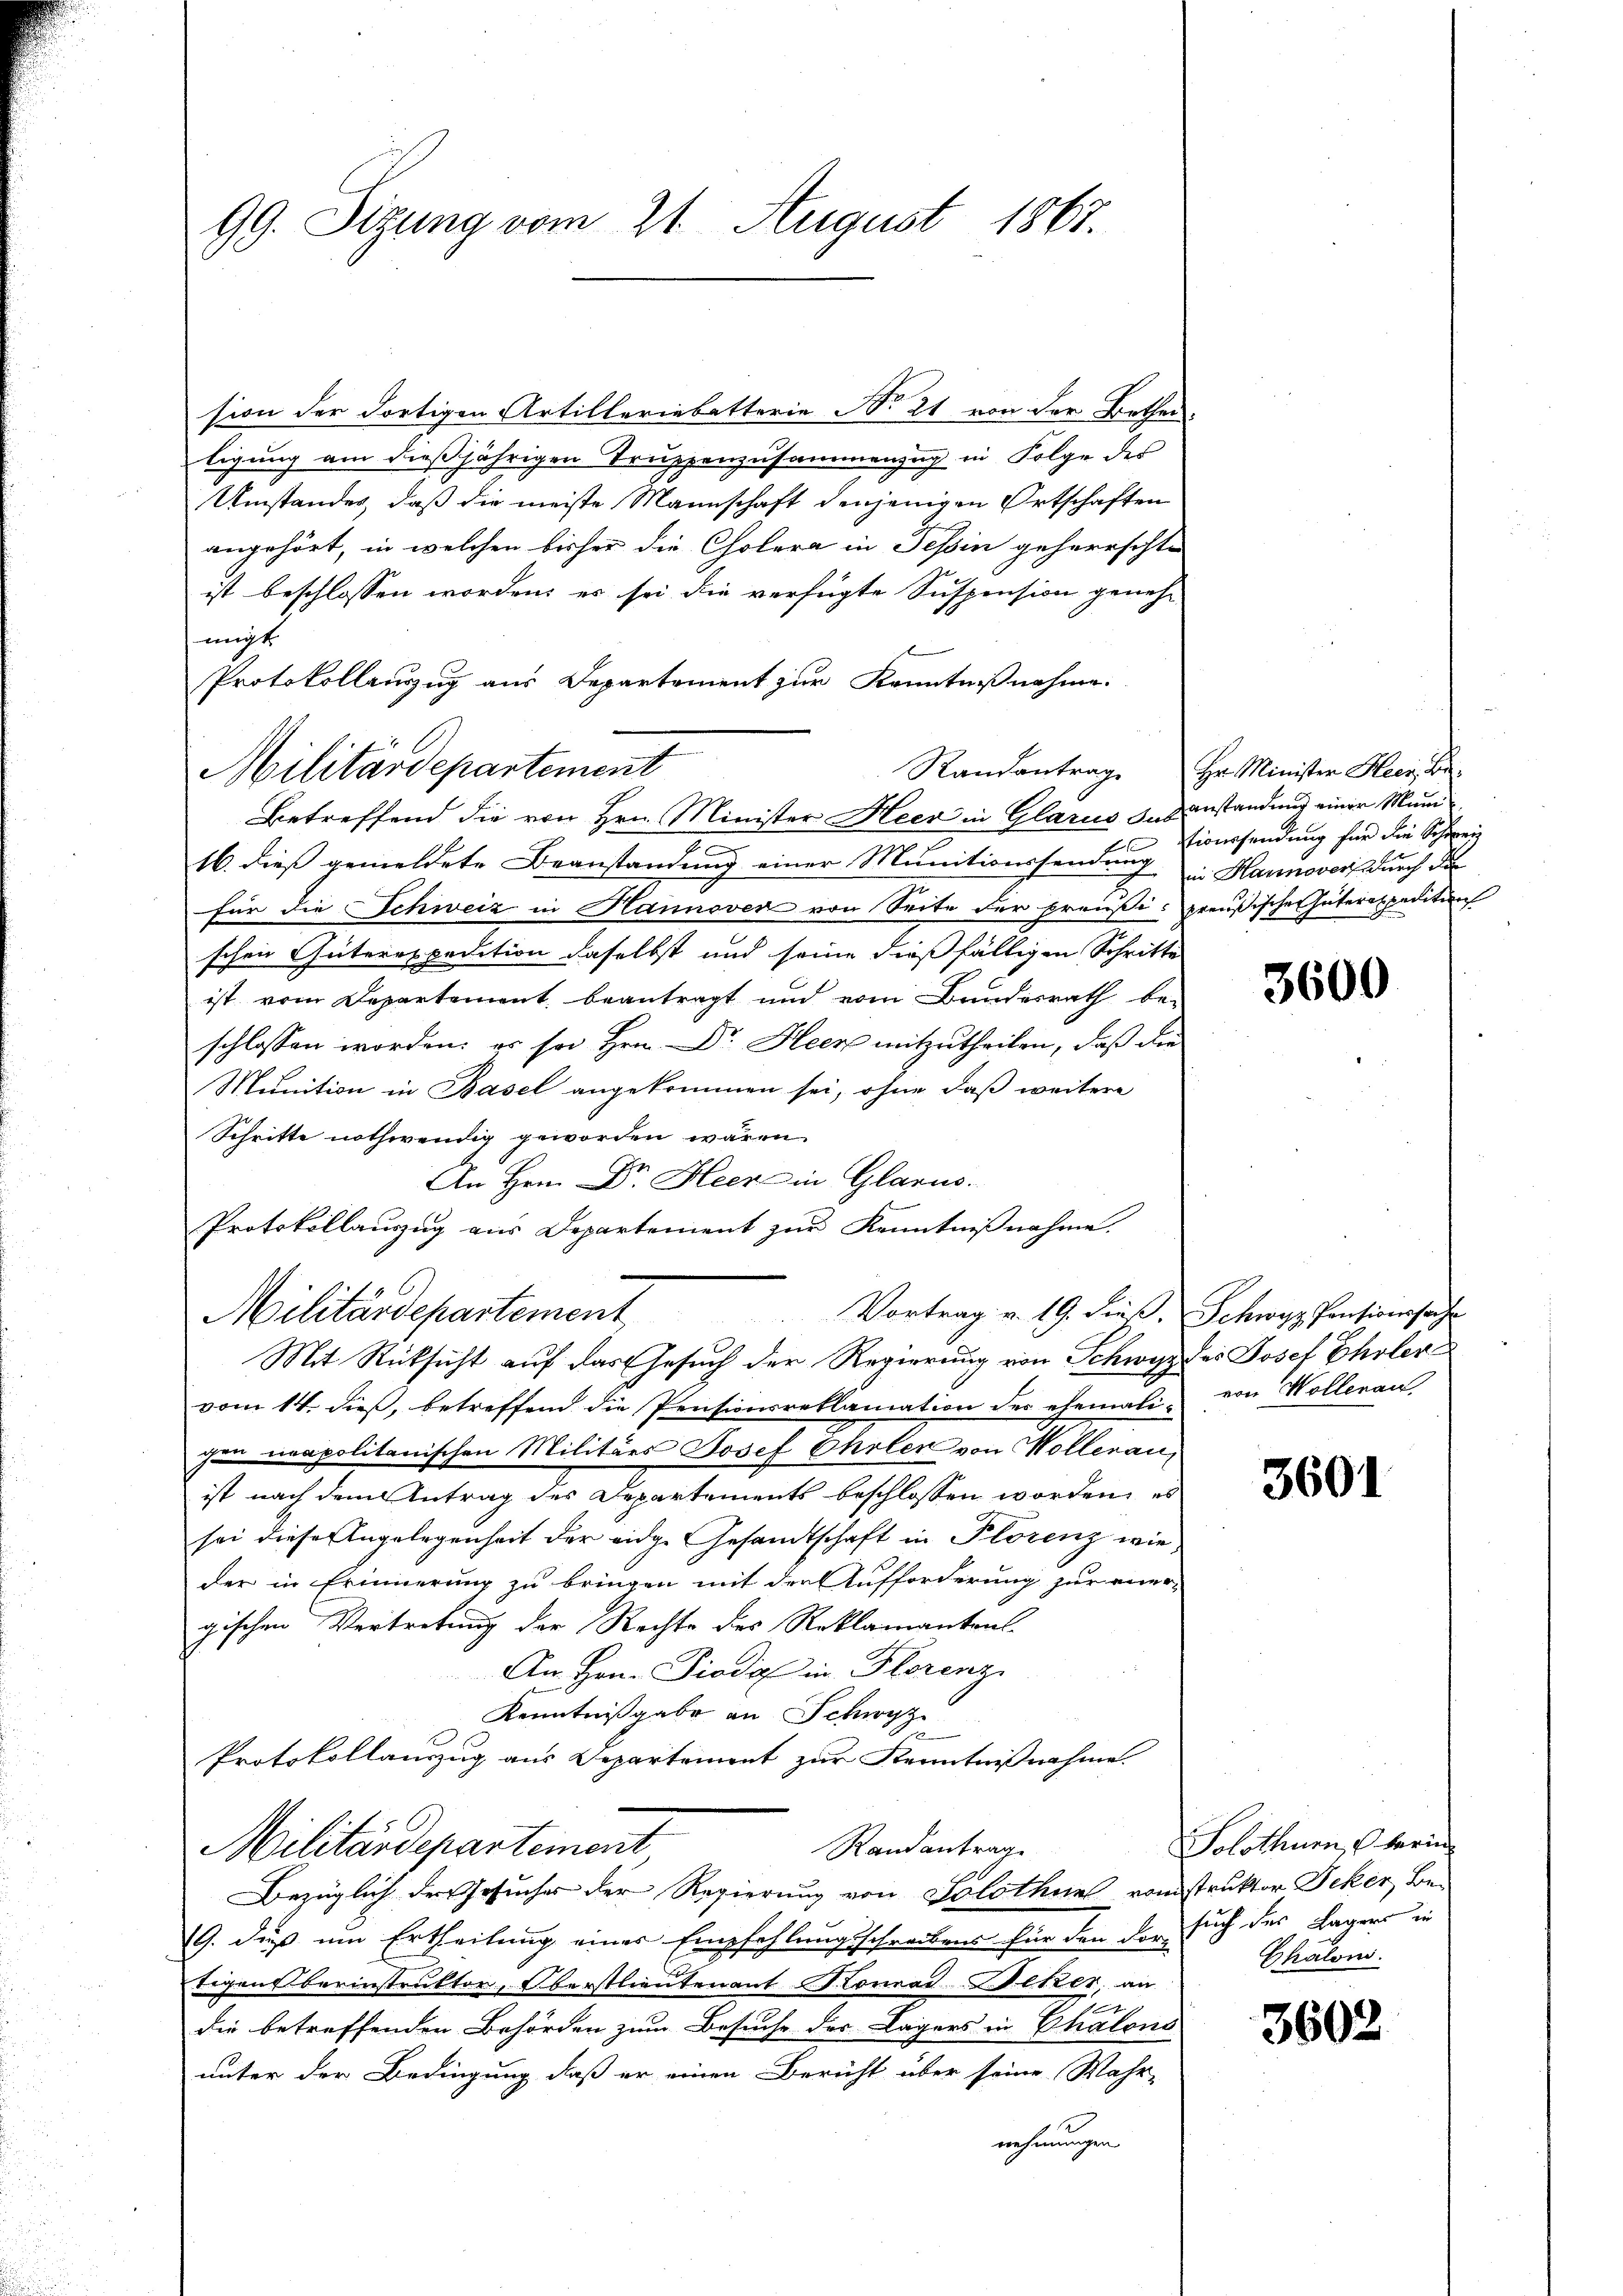
99. Sizung vom 21. August 1867.

sion der dortigen Artilleriebetterie No 21 von der Bethei-
ligung am dießjährigen Truppenzusammenzug in Folge des
Umstandes, daß die meiste Mannschaft denjenigen Ortschaften
angehört, in welchen bisher die Cholera in Tessin geherrschte
ist beschlossen worden, es sei die verfügte Suspension geneh-
migt
Protokollenzug aus Departement zur Kenntnißnahme.
16. dieß gemeldete Beanstandung einer Munitionssendung
für die Schweiz in Hannover von Seite der preußi- preußische Güterexpeditions
schen Güterexpedition daselbst und seine dießfälligen Schritte
ist vom Departement beantragt und vom Bundesrath be-
schlossen worden; es sei Hrn. Dr. Heer mitzutheilen, daß die
Munition in Basel angekommen sei, ohne daß weitere
Schritte nothwendig geworden wären.
An Hrn. Dr. Heer in Glarus.
Protokollauszug aus Departement zur Kenntnißnahme.
Vortrag v. 19. dieß, Schwyz, Pensionssache
Militärdepartement
Mit Rücksicht auf das Gesuch der Regierung von Schwyz des Josef Eholera
vom 14. dieß, betreffend die Pensionsreklamation des ehemali, von Wollenau,
gen neapolitanischen Militärs Josef Cholen von Wollenau,
ist nach dem Antrag des Departements beschlossen worden, es
sei diese Angelegenheit der eidge Gesandtschaft in Plorenz wie,
der in Erinnerung zu bringen mit der Aufforderung zur ener-
gischen Vertretung der Rechte des Reklamanten-
An Hrn. Pioda in Florenz
Kenntnißgabe an Schwyz
u
Protokollauszug aus Departement zur Kenntnißnahme.
Randantrag
Militärdepartement
Bezüglich der Gesucher der Regierung von Solothur vonstruktor Deker, Be¬
9. daß um Ertheilung eines Empfehlungsschreibens für den der such der Lagers in
tigen berinstruktor, Oberstlieutenant Konrad Wetzer, an
g
die betreffenden Behörden zum Besuche der Lagers in Chalons
unter der Bedingung, daß er einen Bericht über seine Wahr-
nehmungen

Militärdepartement

Betreffend die von Hrn. Minister Heer in Glarus Susanstandung einer Muni

Randantrag. Hr. Minister Heer, Be-
tioussendung für die Schweiz
in Hannover durch da

3600

3601

Solothurn, berin
Chaloni.

3602